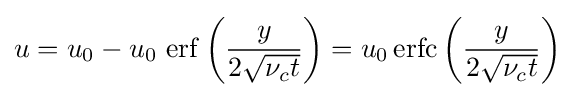
u=u_{0}-u_{0}\,\operatorname {erf} \left({\frac {y}{2{\sqrt {\nu _{c}t}}}}\right)=u_{0}\operatorname {erfc} \left({\frac {y}{2{\sqrt {\nu _{c}t}}}}\right)